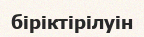
біріктірілуін